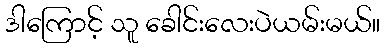
ဒါကြောင့် သူ ခေါင်းလေးပဲယမ်းမယ်။